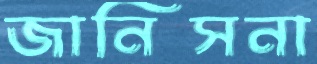
জানিসনা